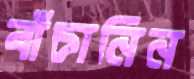
বাঁচানিন